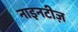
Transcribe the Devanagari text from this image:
नाइनटीज़